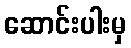
ဆောင်းပါးမှ